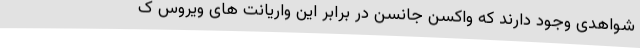
شواهدی وجود دارند که واکسن جانسن در برابر این واریانت های ویروس ک